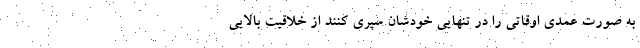
به صورت عمدی اوقاتی را در تنهایی خودشان سپری کنند از خلاقیت بالایی